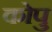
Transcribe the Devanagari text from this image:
कोपु